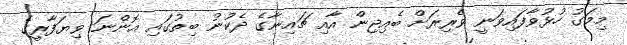
މިމަގު ހުޅުވާފައިވަނީ ވެރިރަށް ބެއިޖިން އާއި ޗައިނާގެ ދެކުނު ބިތުގައި އޮންނަ ވިޔަފާރީގެ